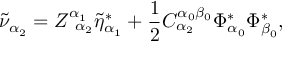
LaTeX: \tilde { \nu } _ { \alpha _ { 2 } } = Z _ { \; \; \alpha _ { 2 } } ^ { \alpha _ { 1 } } \tilde { \eta } _ { \alpha _ { 1 } } ^ { * } + \frac 1 2 C _ { \alpha _ { 2 } } ^ { \alpha _ { 0 } \beta _ { 0 } } \Phi _ { \alpha _ { 0 } } ^ { * } \Phi _ { \beta _ { 0 } } ^ { * } ,